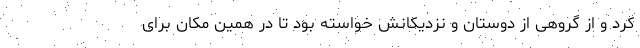
کرد و از گروهی از دوستان و نزدیکانش خواسته بود تا در همین مکان برای